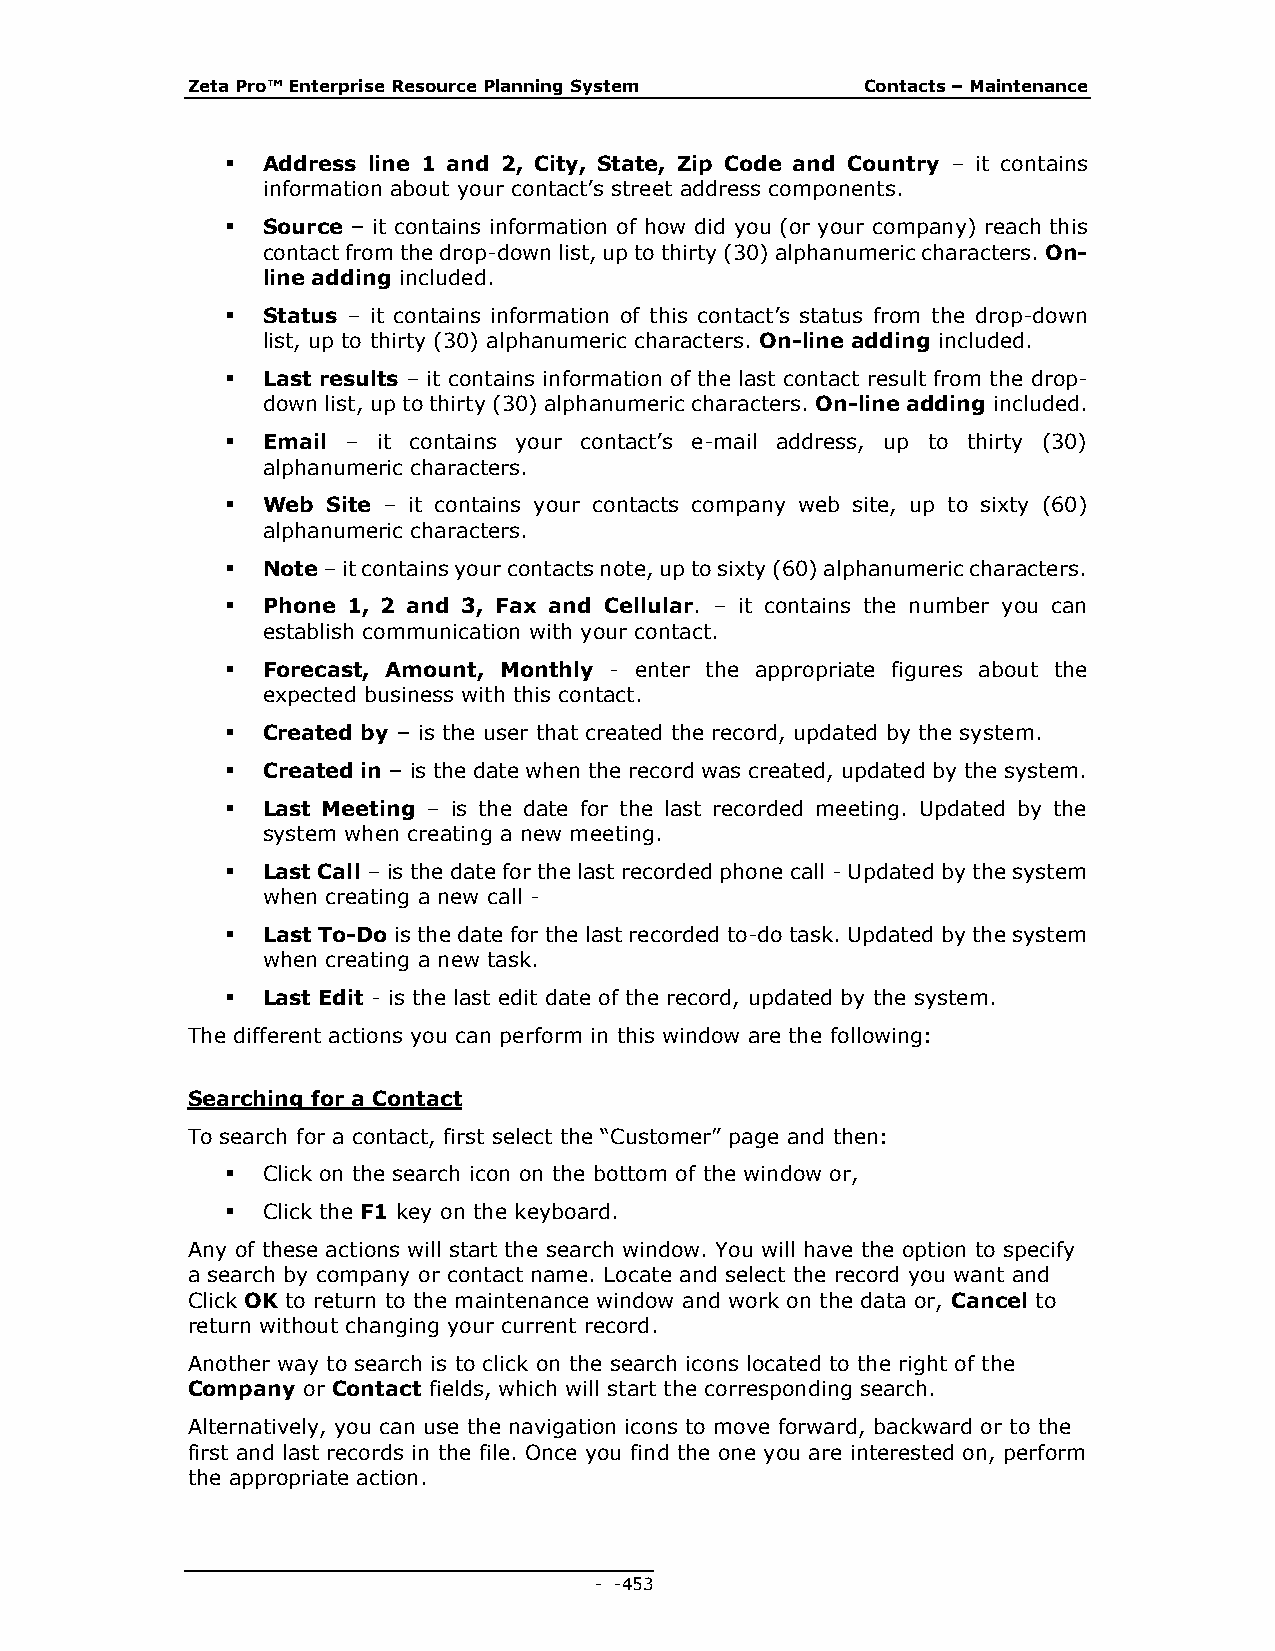
Zeta Pro™ Enterprise Resource Planning System Contacts – Maintenance
  Address line 1 and 2, City, State, Zip Code and Country – it contains
 information about your contact’s street address components.
  Source – it contains information of how did you (or your company) reach this
 contact from the drop-down list, up to thirty (30) alphanumeric characters. On-
 line adding included.
  Status – it contains information of this contact’s status from the drop-down
 list, up to thirty (30) alphanumeric characters. On-line adding included.
  Last results – it contains information of the last contact result from the drop-
 down list, up to thirty (30) alphanumeric characters. On-line adding included.
  Email – it contains your contact’s e-mail address, up to thirty (30)
 alphanumeric characters.
  Web  Site – it contains your contacts company web site, up to sixty (60)
 alphanumeric characters.
  Note – it contains your contacts note, up to sixty (60) alphanumeric characters.
  Phone 1, 2 and 3, Fax and Cellular. – it contains the number you can
 establish communication with your contact.
  Forecast, Amount, Monthly - enter the appropriate figures about the
 expected business with this contact.
  Created by – is the user that created the record, updated by the system.
  Created in – is the date when the record was created, updated by the system.
  Last Meeting – is the date for the last recorded meeting. Updated by the
 system when creating a new meeting.
  Last Call – is the date for the last recorded phone call - Updated by the system
 when creating a new call -
  Last To-Do is the date for the last recorded to-do task. Updated by the system
 when creating a new task.
  Last Edit - is the last edit date of the record, updated by the system.
 The different actions you can perform in this window are the following:
 Searching for a Contact
 To search for a contact, first select the “Customer” page and then:
  Click on the search icon on the bottom of the window or,
  Click the F1 key on the keyboard.
 Any of these actions will start the search window. You will have the option to specify
 a search by company or contact name. Locate and select the record you want and
 Click OK to return to the maintenance window and work on the data or, Cancel to
 return without changing your current record.
 Another way to search is to click on the search icons located to the right of the
 Company or Contact fields, which will start the corresponding search.
 Alternatively, you can use the navigation icons to move forward, backward or to the
 first and last records in the file. Once you find the one you are interested on, perform
 the appropriate action.
 - - 453